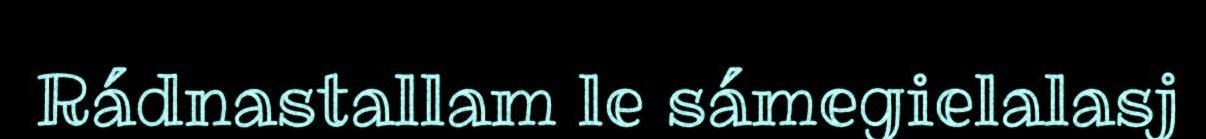
Rádnastallam le sámegielalasj